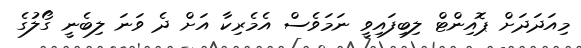
މިއަދަދަށް ޕޮއިންޓް ލިބިފައިވީ ނަމަވެސް އެމެރިކާ އަށް ދެ ވަނަ ލިބެނީ ގޯލުގެ